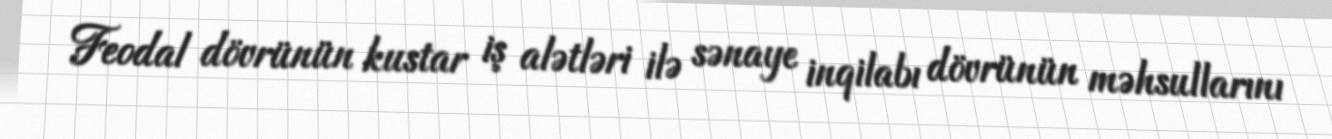
Feodal dövrünün kustar iş alətləri ilə sənaye inqilabı dövrünün məhsullarını